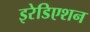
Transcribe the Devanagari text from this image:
इरेडिएशन